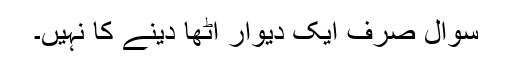
سوال صرف ایک دیوار اٹھا دینے کا نہیں۔